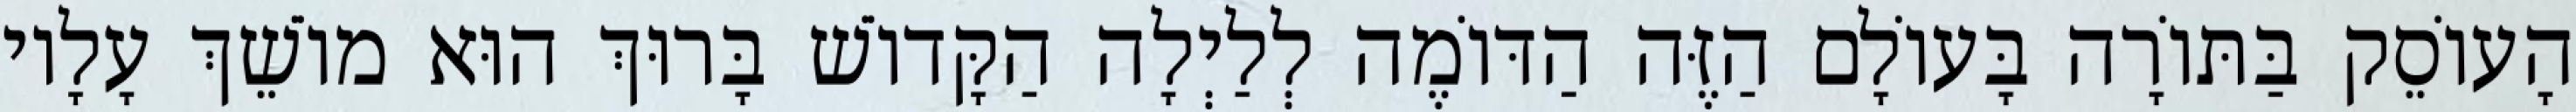
הָעוֹסֵק בַּתּוֹרָה בָּעוֹלָם הַזֶּה הַדּוֹמֶה לְלַיְלָה הַקָּדוֹשׁ בָּרוּךְ הוּא מוֹשֵׁךְ עָלָיו